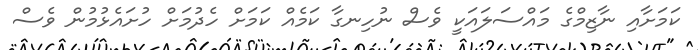
ކަމަށާއި ނާޒިމްގެ މައްސަލައަކީ ވެސް ނުހިނގާ ކަމެއް ކަމަށް ހެދުމަށް ހުށައެޅުމުން ވެސް